Vaccine operations Central Provinces & Berar 1912-1920 - 1912-1920
Year: 1912
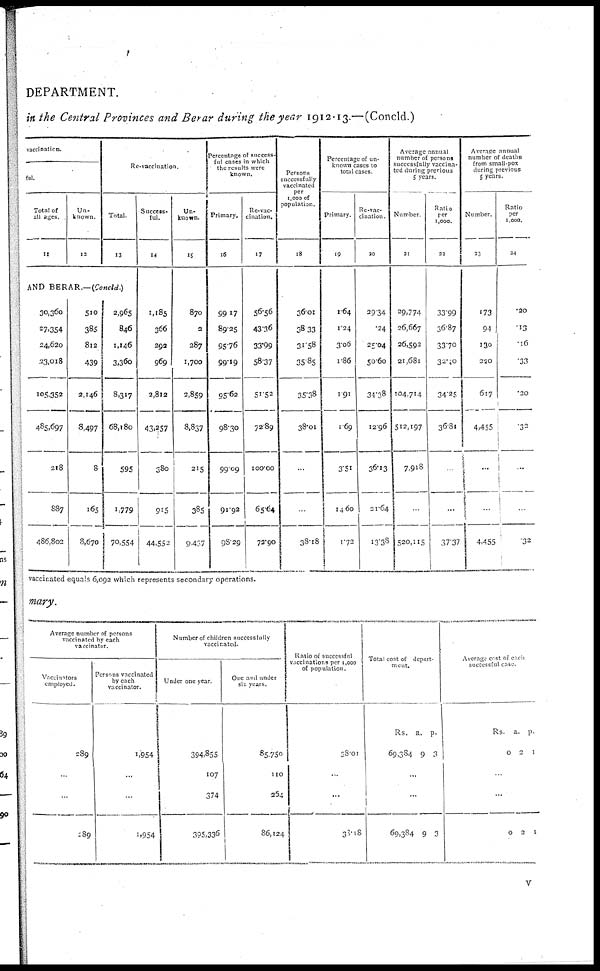
DEPARTMENT.
in the Central Provinces and Berar during the year 1912-13.—(Concld.)
vaccination.
ful.
Total of
all ages.
11
Un-
known.
12
Re-vaccination.
Total.
13
AND BERAR.—(Concld.)
30,360
27,354
24,620
23,018
105,352
485,697
218
887
486,802
510
385
8l2
439
2,146
8,497
8
165
8,670
2,965
846
1,146
3,360
8,317
68,180
595
1,779
70,554
Success-
ful.
14
1,185
366
292
969
2,812
43,257
380
915
44,552
Un-
known.
15
870
2
287
1,700
2,859
8,837
215
385
9,437
Percentage of success-
ful cases in which
the results were
known.
Primary.
16
99.17
89.25
95.76
99.19
95.62
98.30
99.09
91.92
98.29
Re-vac-
cination.
17
56.56
43.36
33.99
58.37
51.52
72.89
100.00
65.64
72.90
Persons
successfully
vaccinated
per
1,000 of
population.
18
36.01
38.33
31.58
35.85
35.38
38.01
...
...
38.18
Percentage of un-
known cases to
total cases.
Primary.
19
1.64
1.24
3.06
1.86
1.91
1.69
3.51
14.60
1.72
Re-vac-
cination .
20
29.34
.24
25.04
50.60
34.38
12.96
36.13
21.64
13.38
Average annual
number of persons
successfully vaccina-
ted during previous
5 years.
Number.
21
29,774
26,667
26,592
21,681
104,714
512,197
7,918
...
520,115
Ratio
per
1,000.
22
33.99
36.87
33.70
32.40
34.25
36.81
...
...
37.37
Average annual
number of deaths
from small-pox
during previous
5 years.
Number.
23
173
94
130
220
617
4,455
...
...
4,455
Ratio
per
1,000.
24
.20
.13
.16
.33
.20
.32
...
...
.32
vaccinated equals 6,092 which represents secondary operations.
mary.
Average number of persons
vaccinated by each
vaccinator.
Vaccinators
employed.
289
...
...
189
Persons vaccinated
by each
vaccinator.
1,954
...
...
1,954
Number of children successfully
vaccinated.
Under one year.
394,855
107
374
395,336
One and under
six years.
85,750
110
254
86,124
Ratio of successful
vaccinations per 1,000
of population.
38.01
...
...
38.18
Total cost of depart-
ment.
Rs.
69,384
a.
9
p.
3
...
...
69,384 9 3
Average cost of each
successful case.
Rs.
0
a.
2
p.
1
...
...
0
2
1
v